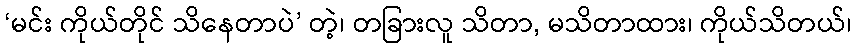
‘မင်း ကိုယ်တိုင် သိနေတာပဲ’ တဲ့၊ တခြားလူ သိတာ, မသိတာထား၊ ကိုယ်သိတယ်၊